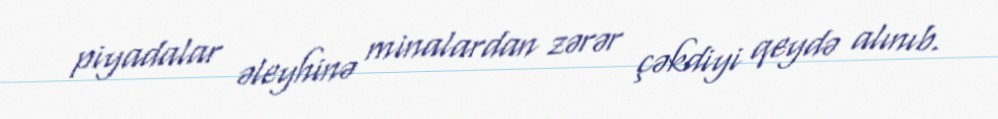
piyadalar əleyhinə minalardan zərər çəkdiyi qeydə alınıb.